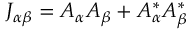
J _ { \alpha \beta } = { \cal { A } } _ { \alpha } A _ { \beta } + { \cal { A } } _ { \alpha } ^ { * } A _ { \beta } ^ { * }